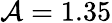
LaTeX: \mathcal{A}=1.35